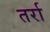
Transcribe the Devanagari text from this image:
तर्रा